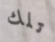
تلك